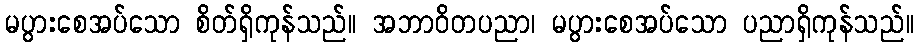
မပွားစေအပ်သော စိတ်ရှိကုန်သည်။ အဘာဝိတပညာ၊ မပွားစေအပ်သော ပညာရှိကုန်သည်။